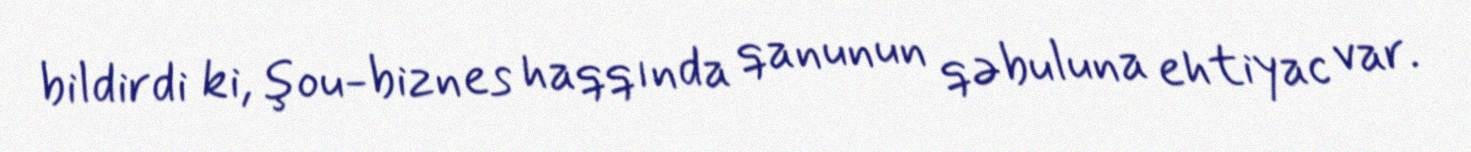
bildirdi ki, şou-biznes haqqında qanunun qəbuluna ehtiyac var.